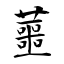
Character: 蘁